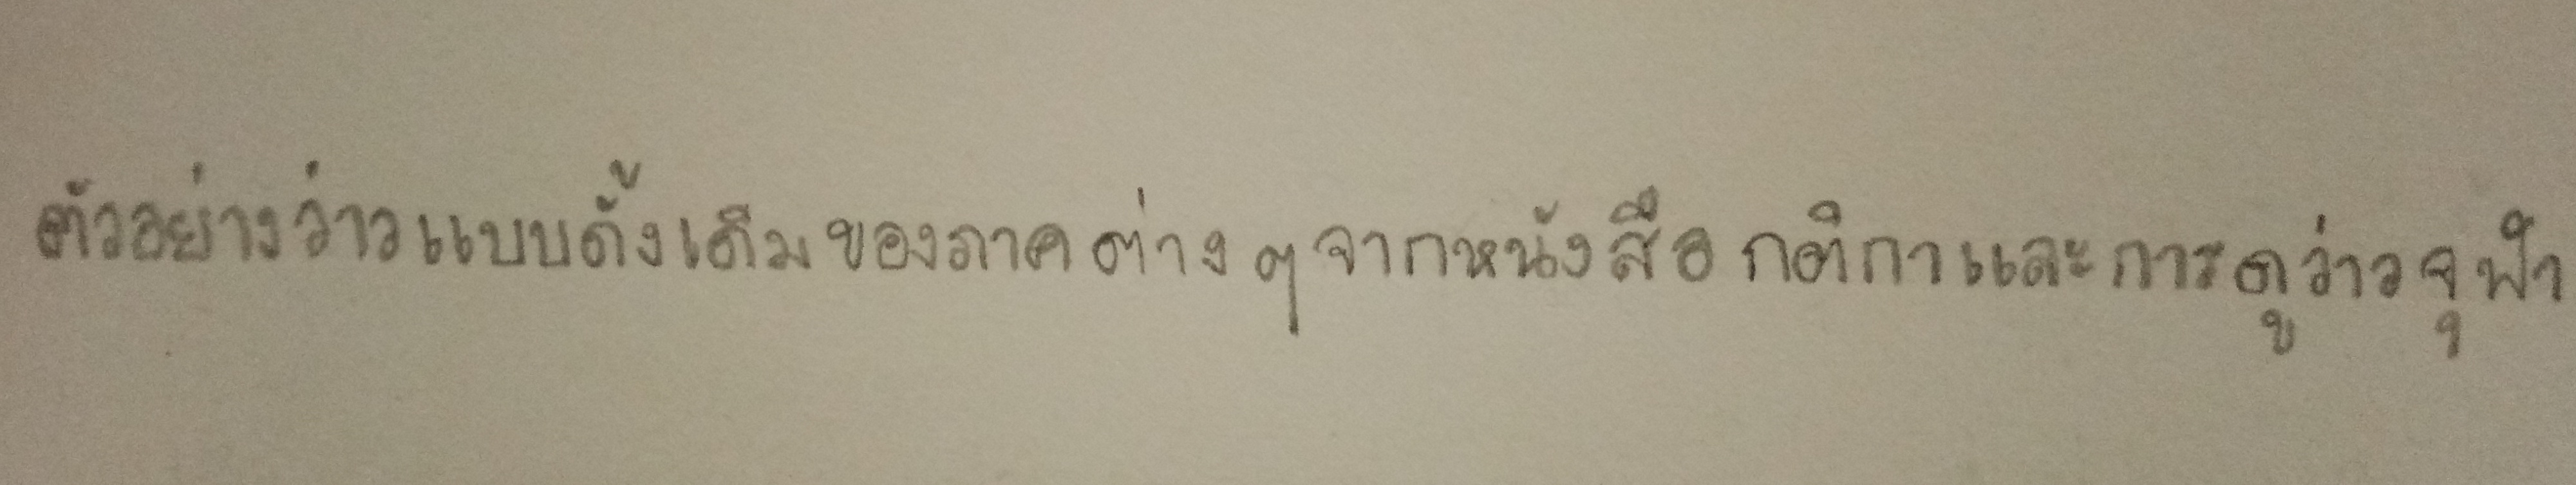
ตัวอย่างว่าวแบบดั้งเดิมของภาคต่างๆจากหนังสือกติกาและการดูว่าวจุฬา